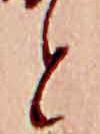
と